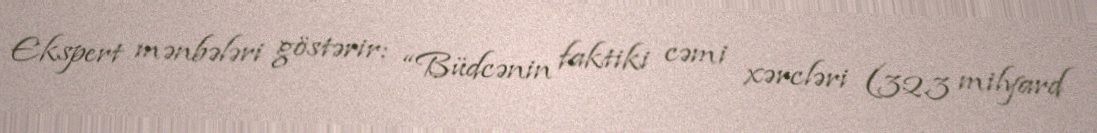
Ekspert mənbələri göstərir: “Büdcənin faktiki cəmi xərcləri (32.3 milyard